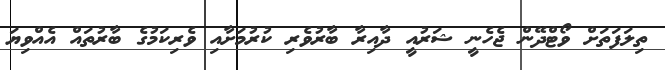
ތިލަފަތަށް ވޯޓްދޭން ޖެހެނީ ޝަރުއީ ދާއިރާ ބާރުވެރި ކުރުމަށާއި ވެރިކަމުގެ ބާރުތައް އެއްވިޔަ